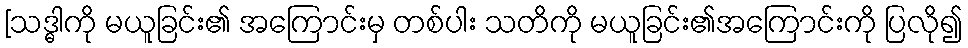
[သဒ္ဓါကို မယူခြင်း၏ အကြောင်းမှ တစ်ပါး သတိကို မယူခြင်း၏အကြောင်းကို ပြလို၍